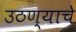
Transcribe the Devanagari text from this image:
उठण्याचे